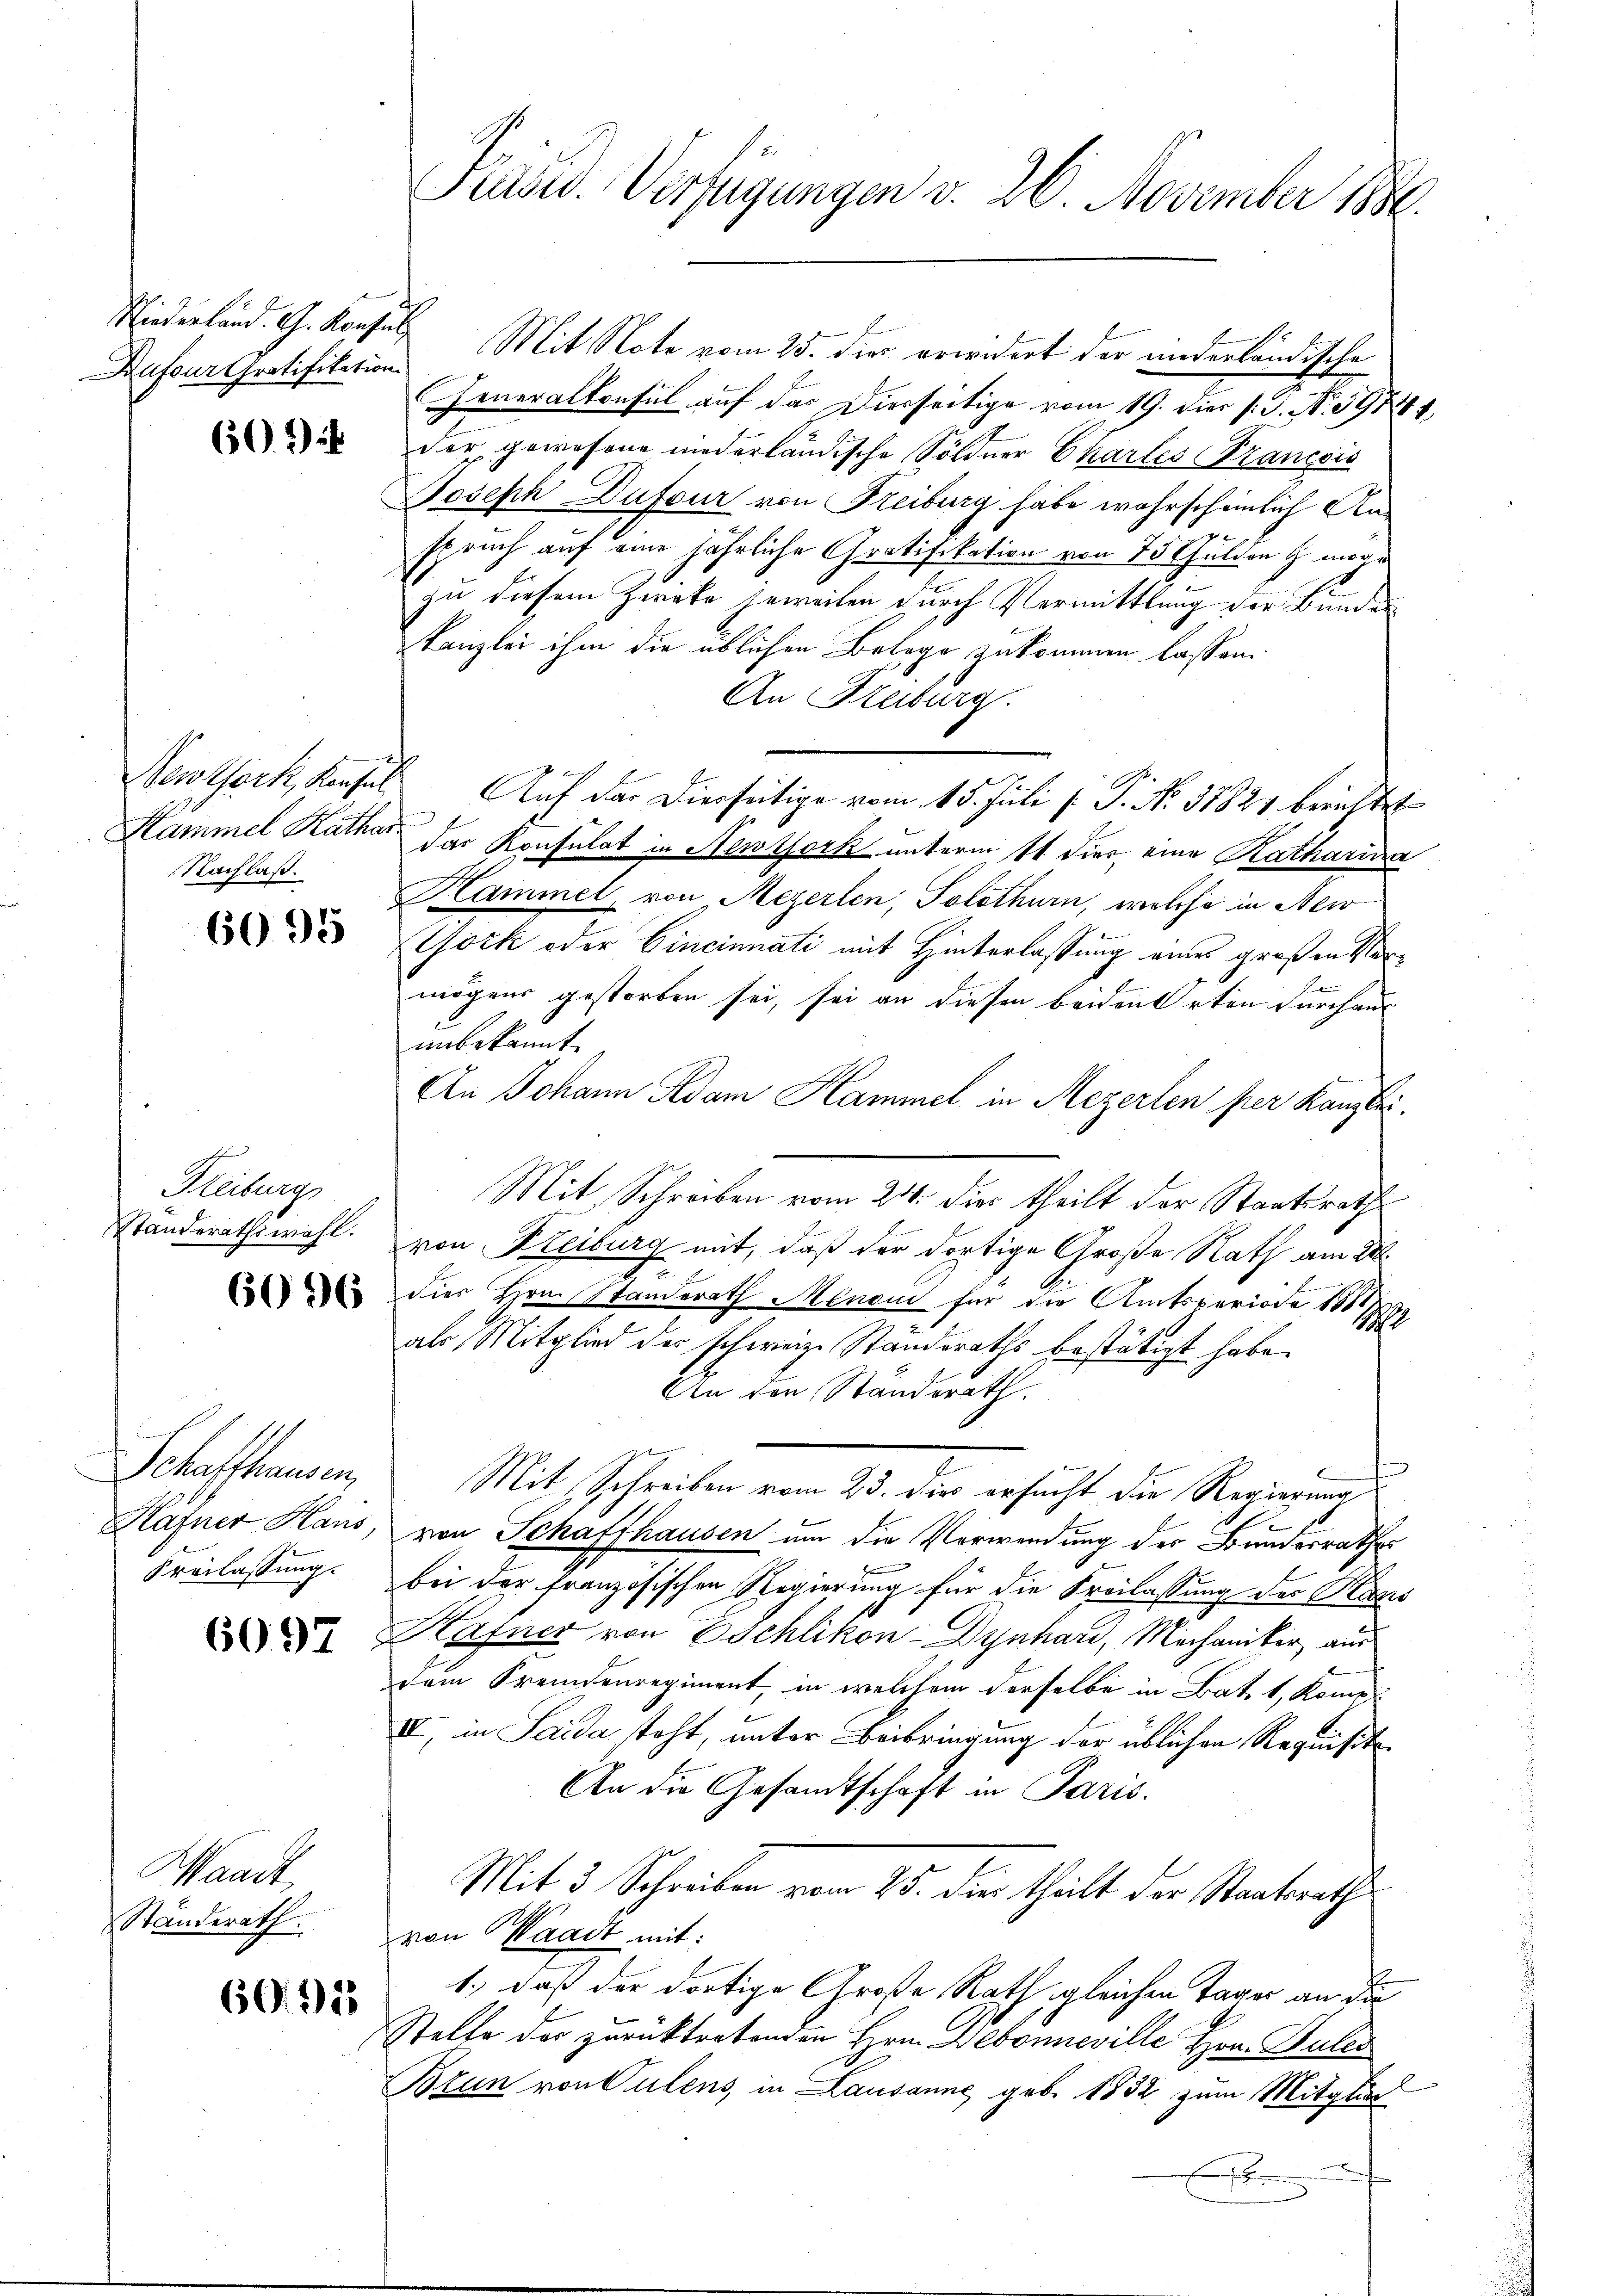
hiederland. G. Konsul
Rufour Gratifikation

60.*)

Nachlaß.

6095

Freiburg
Standerathswahl.

6096

Schaffhausen,
Freilassung.

6097

Waadt
Standerath.

60. 123

Präsid. Verfügungen v. 26. November 1888.

Mit Note vom 25. dies erwidert der niederländische
Generalkonsul auf das Dierseitige vom 19. dies s. S. N. 59744,
der gewesene niederländische Söldner Charles Francois
Joseph Dufour von Freiburg habe wahrscheinlich Anspruch auf eine jährliche Gratifikation von 15 Gulden möge
zu diesem Zereke jeweiten durch Vermittlung der Bunden
kanzlei ihm die üblichen Belege zukommen lassen.
An Freiburg.
Newthörk, Konsuls Auf der Dierseitige vom 15. Juli [ P. Nr. 31821 berichtet
Hammel Kathar der Konsulat in Newtork unterm 11. dies eine Katharina
Hammel, von Mezerlen, Solothurn, welche in New
York oder Cincinnati mit Hinterlassung eines großen Vormögens gestorben sei, sei an diesen beiden Orten durchaus
unbekannt.
An Johann Adam Hammel in Mezerlen per Kanzlei
Mit Schreiben vom 24. dies theilt der Staatsrathe
von Bleiburg mit, daß der dortige Große Rath am 28.
dies Hrn. Standerath Menon für die Amtsperiode 1873
als Mitglied der schweiz. Standsraths bestätigt habe.
An den Standsrath.
Mit Schreiben vom 23. Die ersucht die Regierung
d
Hähner Haus, von Schaffhausen um die Verwendung des Bundesrathes
bei der französischen Regierung für die Freilassung der Paris
Hafner von Eschlikon- Dynhard, Mechaniker, aus
dem Fremdenregiment, in welchem derselbe in Bat. 1, Komp
II, in Saida steht, unter Beibringung der üblichen Requisit
An die Gesandtschaft in Paris.
Mit 3 Schreiben vom 25. der theilt der Staatsraths
von Waadt mit:
1.) daß der dortige Große Rath, gleichen Tager an die
Stelle der zurücktretenden Hrn. Debonneville Hrn. Puler
Bzun von Vulens, in Lausanne geb. 1832 zum Mitglied
A